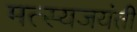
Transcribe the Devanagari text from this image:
मत्स्यजयंती